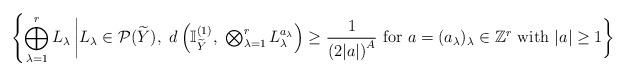
LaTeX: \begin{align*}\left\{\bigoplus_{\lambda=1}^rL_\lambda\left| L_\lambda\in \mathcal{P}(\widetilde{Y}),\ d\left(\mathbb{I}_{\widetilde{Y}}^{(1)},\ \textstyle\bigotimes_{\lambda=1}^r L_\lambda^{a_\lambda}\right)\geq \frac{1}{\left(2|a|\right)^A}\ {\rm for}\ a=(a_\lambda)_\lambda\in\mathbb{Z}^r\ {\rm with}\ |a|\geq 1 \right\}\right.\end{align*}